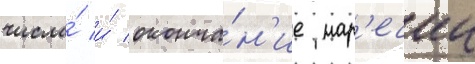
числа́ и́ оконча́н'ие нар'ечии